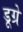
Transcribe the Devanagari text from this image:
डूग्रे